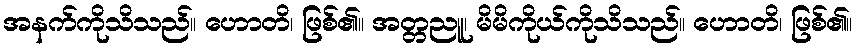
အနက်ကိုသိသည်။ ဟောတိ၊ ဖြစ်၏။ အတ္တညူ၊ မိမိကိုယ်ကိုသိသည်။ ဟောတိ၊ ဖြစ်၏။